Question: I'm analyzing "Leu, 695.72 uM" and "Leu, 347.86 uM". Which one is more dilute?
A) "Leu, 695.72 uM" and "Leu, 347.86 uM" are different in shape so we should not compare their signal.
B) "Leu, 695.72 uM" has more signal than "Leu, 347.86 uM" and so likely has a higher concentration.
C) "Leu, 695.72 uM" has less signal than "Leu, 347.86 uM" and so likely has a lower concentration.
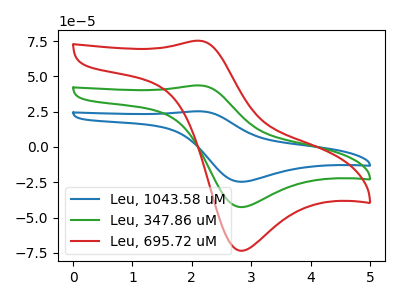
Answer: <think>The blue curve "Leu, 1043.58 uM" has an anodic peak at (2.15V, 87.15uA) and a cathodic peak at (2.80V, -85.25uA). The green curve "Leu, 347.86 uM" has an anodic peak at (2.15V, 43.60uA) and a cathodic peak at (2.80V, -42.60uA). The red curve "Leu, 695.72 uM" has an anodic peak at (2.15V, 75.25uA) and a cathodic peak at (2.80V, -73.55uA).
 All the peaks in "Leu, 695.72 uM" have a peak in "Leu, 347.86 uM" at the same potential. Every peak in "Leu, 695.72 uM" is higher than every peak in "Leu, 347.86 uM".</think>
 <answer>B) "Leu, 695.72 uM" has more signal than "Leu, 347.86 uM" and so likely has a higher concentration.</answer>
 <eval>B</eval>